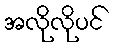
အလိုလိုပင်